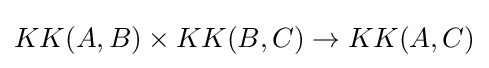
KK(A,B)\times KK(B,C)\to KK(A,C)